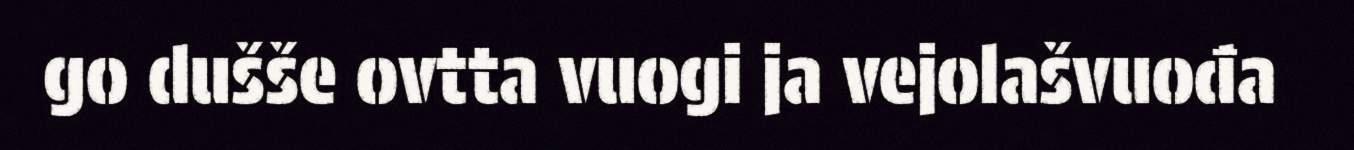
go dušše ovtta vuogi ja vejolašvuođa